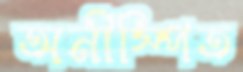
অনীস্পিত